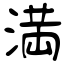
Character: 満